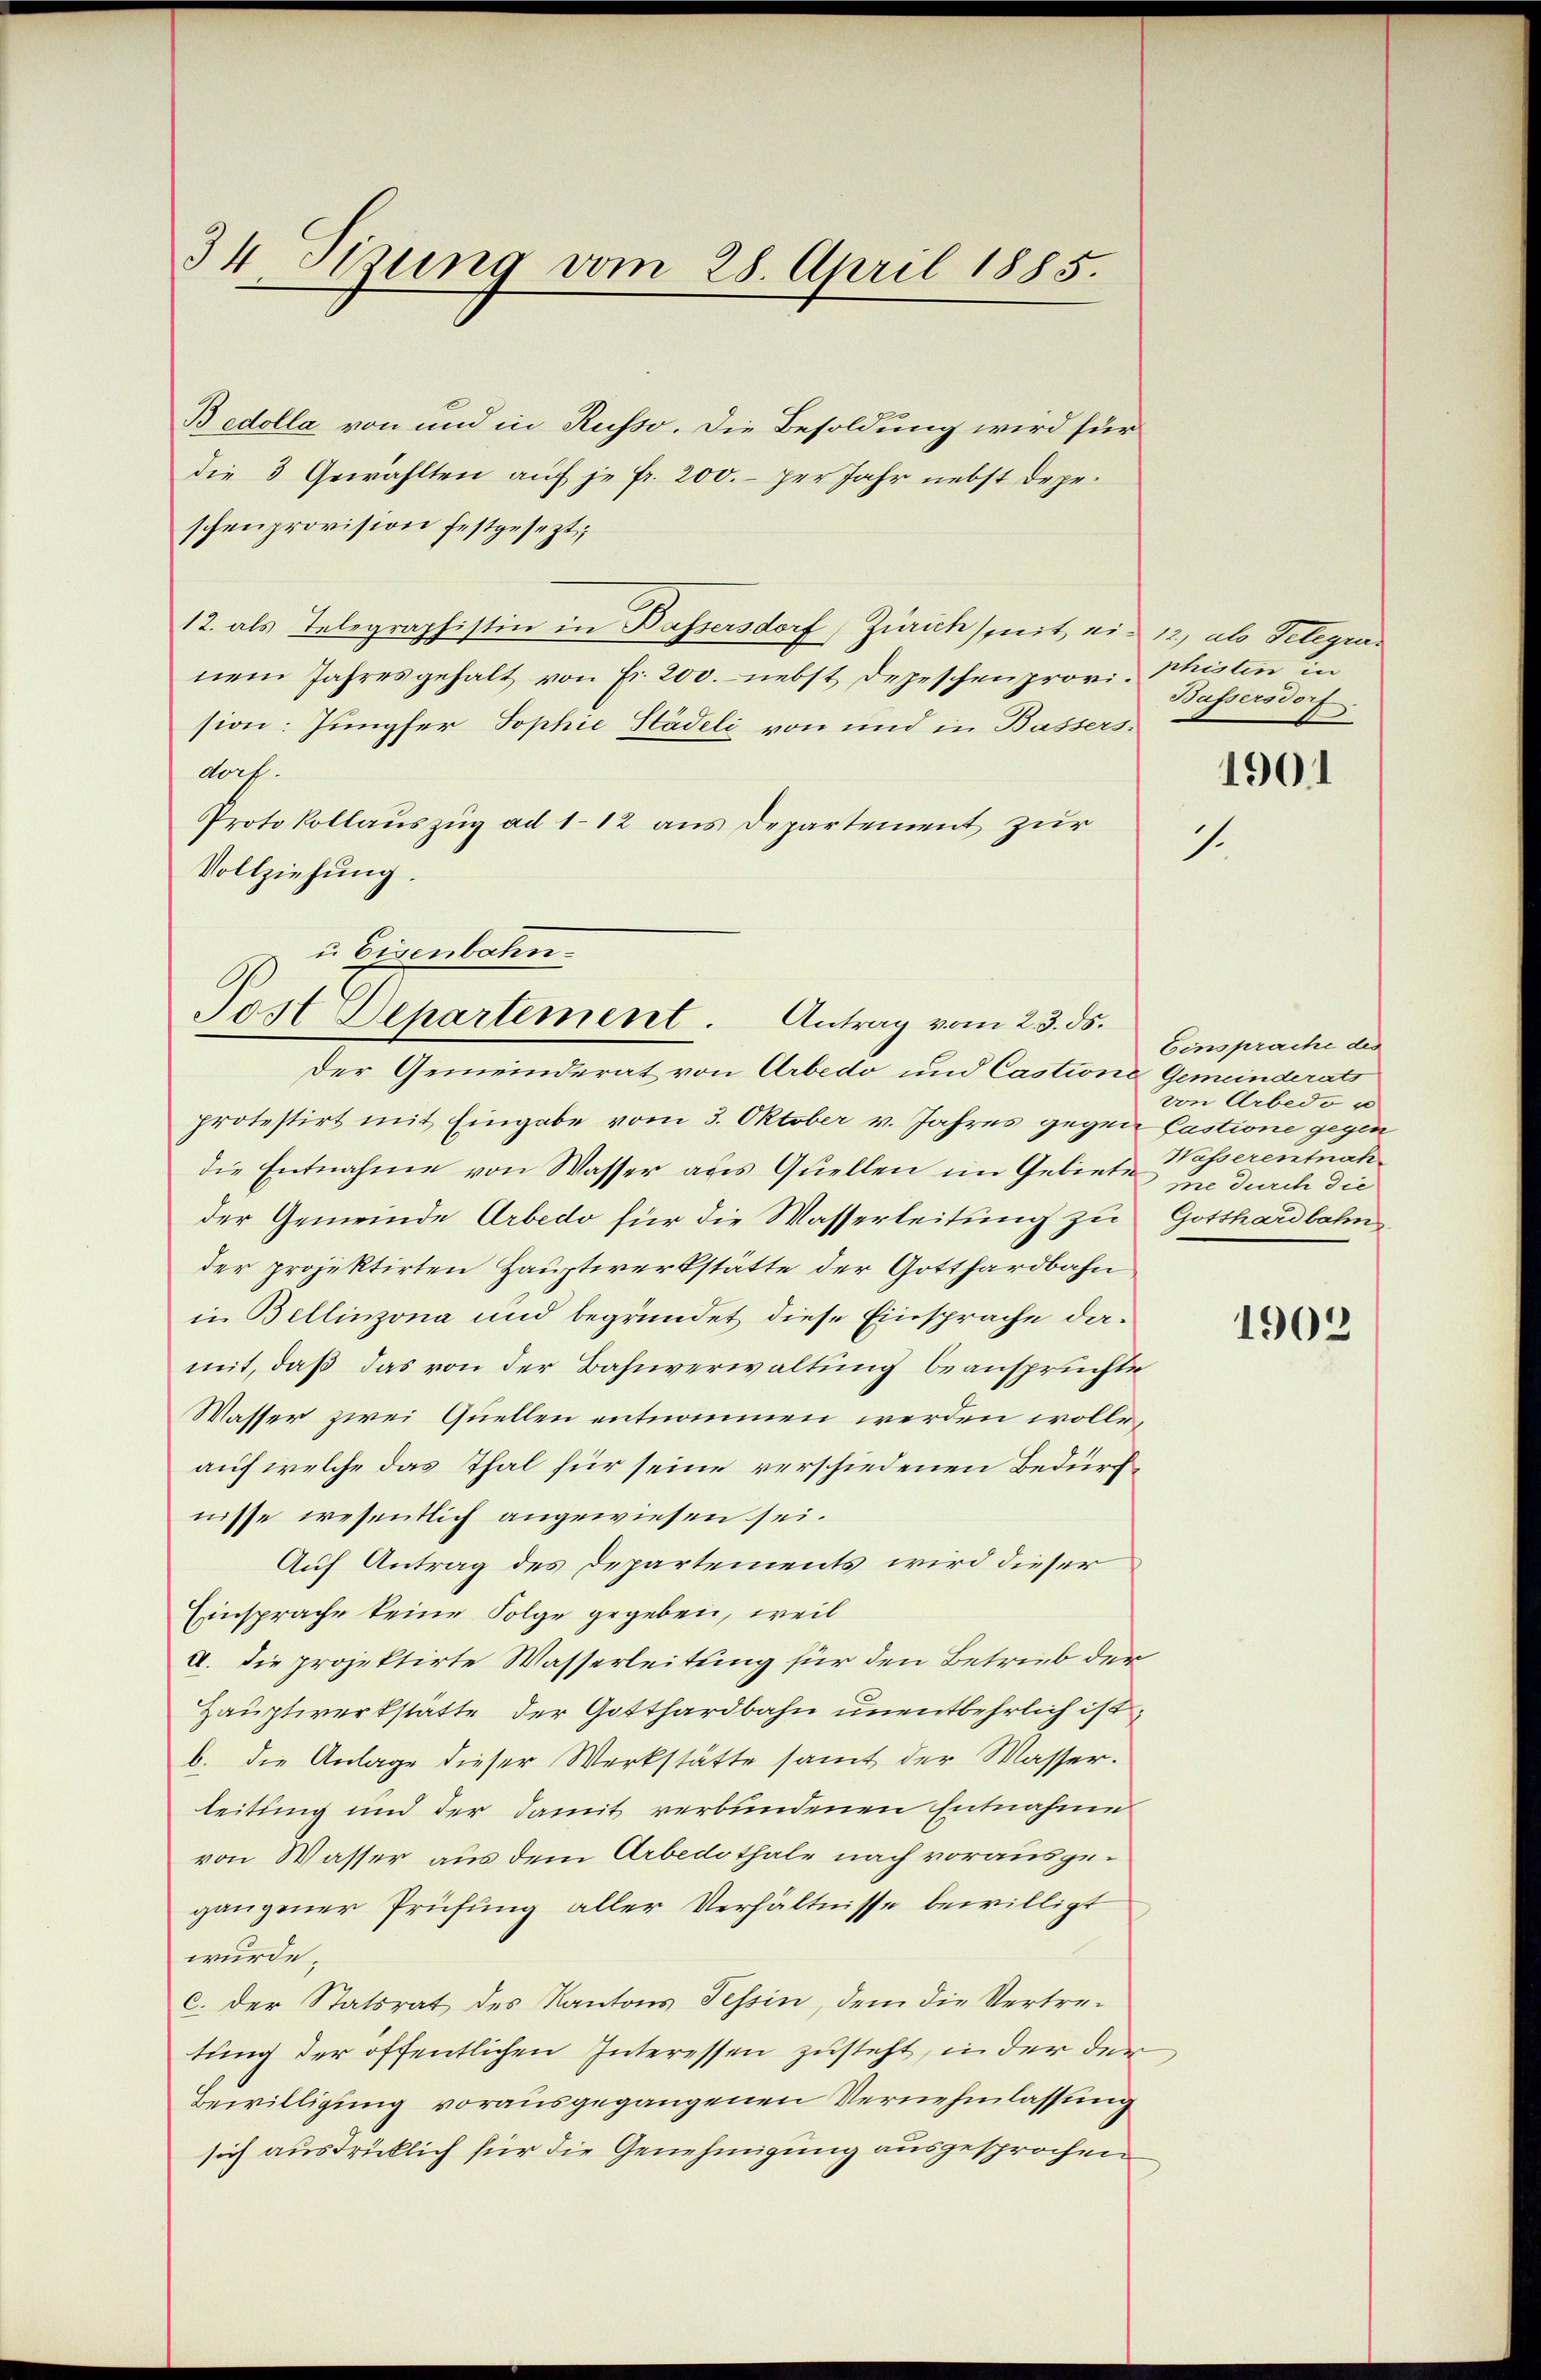
34 Sizung vom 28. April 1883.

Bedolla von und in Russo. Die Besoldung wird für
die 3 Gewählten auf je fr. 200.- per Jahr nebst depeschenprovision festgesezt;
12. als Telegraphistin in Passersdorf) Zürich mit ein 12, als Telegennem Jahresgehalt von Fr. 200. nebst Depeschenprovi phisten in
sion: Jungfer Sophie Hädeli von und in Bassers.
koch.
Protokollauszug ad 112 aus Departement zur
Vollziehung.

i Eisenbahn.

Post Departement. Antrag vom 23. ds.

Der Gemeinderat von Arbedo und Castione Gemeinderats
protestirt mit Eingabe vom 3. Oktober v. Jahres gegen Castione gegen
die Entnahme von Wasser aus Quellen im Gebiete sie durch die
der Gemeinde Arbedo für die Wasserleitung zu Gotthardbahn
der projektirten Hauptwerkstätte der Gotthardbahn
in Bellinzona und begründet diese Einsprache damit, daß das von der Bahnverwaltung beanspruchte
Wasser zwei Quellen entnommen werden wolle.
auf welche das Thal für seine verschiedenen Bedürfnisse wesentlich angewiesen sei.
Auf Antrag des Departements wird dieser
Einsprache keine Folge gegeben, weil
a. Die projektirte Wasserleitung für den Betrieb der
Hauptwerkstatte der Gotthardbahn unentbehrlich ist
b. die Anlage dieser Werkstätte samt der Wasser.
leitung und der damit verbundenen Entnahme
von Wasser aus dem Arbedothale nach vorausgegangener Prüfung aller Verhältnisse bewilligt
würde.
c. der Statsrat des Kantons Tessin, dem die Vertretung der öffentlichen Interessen zusteht, in der der¬
Bewilligung vorausgegangenen Vernehmlassung
sich ausdrücklich für die Genehmigung ausgesprochen

Bassersdorf

.

.

1901

Einsprache des
von Arbedo u
Wasserentnah

1902